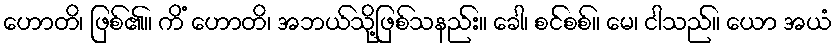
ဟောတိ၊ ဖြစ်၏။ ကိံ ဟောတိ၊ အဘယ်သို့ဖြစ်သနည်း။ ခေါ၊ စင်စစ်။ မေ၊ ငါသည်။ ယော အယံ